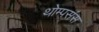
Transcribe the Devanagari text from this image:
थोम्पसंस